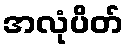
အလုံပိတ်